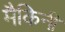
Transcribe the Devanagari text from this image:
मैकिनी